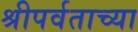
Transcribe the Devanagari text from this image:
श्रीपर्वताच्या